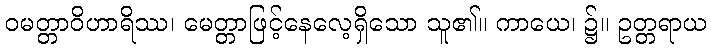
ဝမတ္တာဝိဟာရိဿ၊ မေတ္တာဖြင့်နေလေ့ရှိသော သူ၏။ ကာယေ၊ ၌။ ဥတ္တရာယ